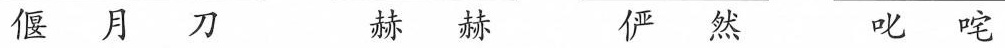
偃月刀 赫赫 俨然 叱咤